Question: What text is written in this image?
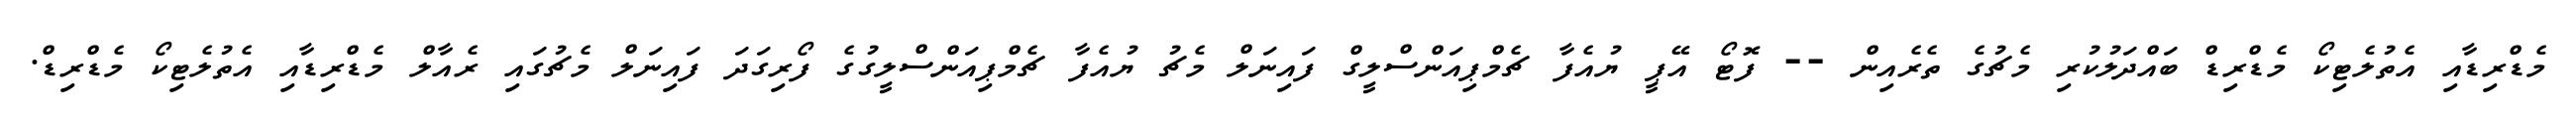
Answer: މެޑްރިޑާއި އެތުލެޓިކޯ މެޑްރިޑް ބައްދަލުކުރި މެޗުގެ ތެރެއިން -- ފޮޓޯ އޭޕީ ޔުއެފާ ޗެމްޕިއަންސްލީގް ފައިނަލް މެޗު ޔުއެފާ ޗެމްޕިއަންސްލީގުގެ ފޯރިގަދަ ފައިނަލް މެޗުގައި ރެއާލް މެޑްރިޑާއި އެތުލެޓިކޯ މެޑްރިޑް.